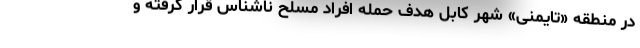
در منطقه «تایمنی» شهر کابل هدف حمله افراد مسلح ناشناس قرار گرفته و